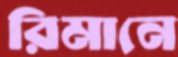
রিমানে